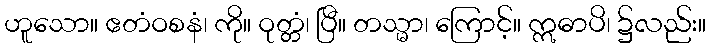
ဟူသော။ ဧတံဝစနံ၊ ကို။ ဝုတ္တံ၊ ပြီ။ တသ္မာ၊ ကြောင့်။ ဣဓာပိ၊ ၌လည်း။